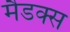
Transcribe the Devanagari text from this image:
मैडक्स